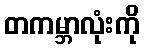
တကမ္ဘာလုံးကို